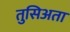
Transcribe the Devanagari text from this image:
तुसिअता